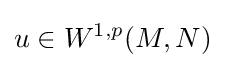
u\in W^{1,p}(M,N)